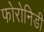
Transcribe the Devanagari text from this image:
फोरोनिडी